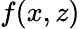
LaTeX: f(x,z)